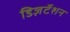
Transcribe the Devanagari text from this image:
डिज़र्टेशन